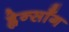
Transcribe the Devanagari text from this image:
ह्वेन्साँग